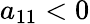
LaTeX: a_{11}<0